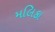
મલિકા